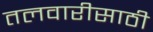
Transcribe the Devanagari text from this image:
तलवारीसाठी